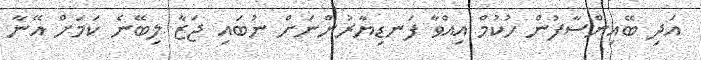
އަދި ބޭއިންސާފުން ހުކުމް އިއްވާ ފަނޑިޔާރުންނަށް ނުބައި ޖަޒާ ލިބޭނެ ކަމަށް އޭނާ